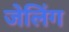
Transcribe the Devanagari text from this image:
जेलिंग